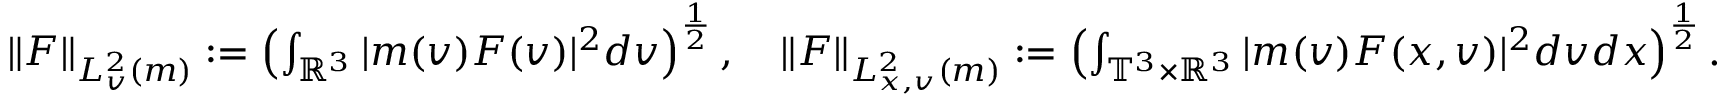
\begin{array} { r } { \| F \| _ { L _ { v } ^ { 2 } ( m ) } : = \left( \int _ { \mathbb { R } ^ { 3 } } | m ( v ) F ( v ) | ^ { 2 } d v \right) ^ { \frac { 1 } { 2 } } , \quad \| F \| _ { L _ { x , v } ^ { 2 } ( m ) } : = \left( \int _ { \mathbb { T } ^ { 3 } \times \mathbb { R } ^ { 3 } } | m ( v ) F ( x , v ) | ^ { 2 } d v d x \right) ^ { \frac { 1 } { 2 } } . } \end{array}